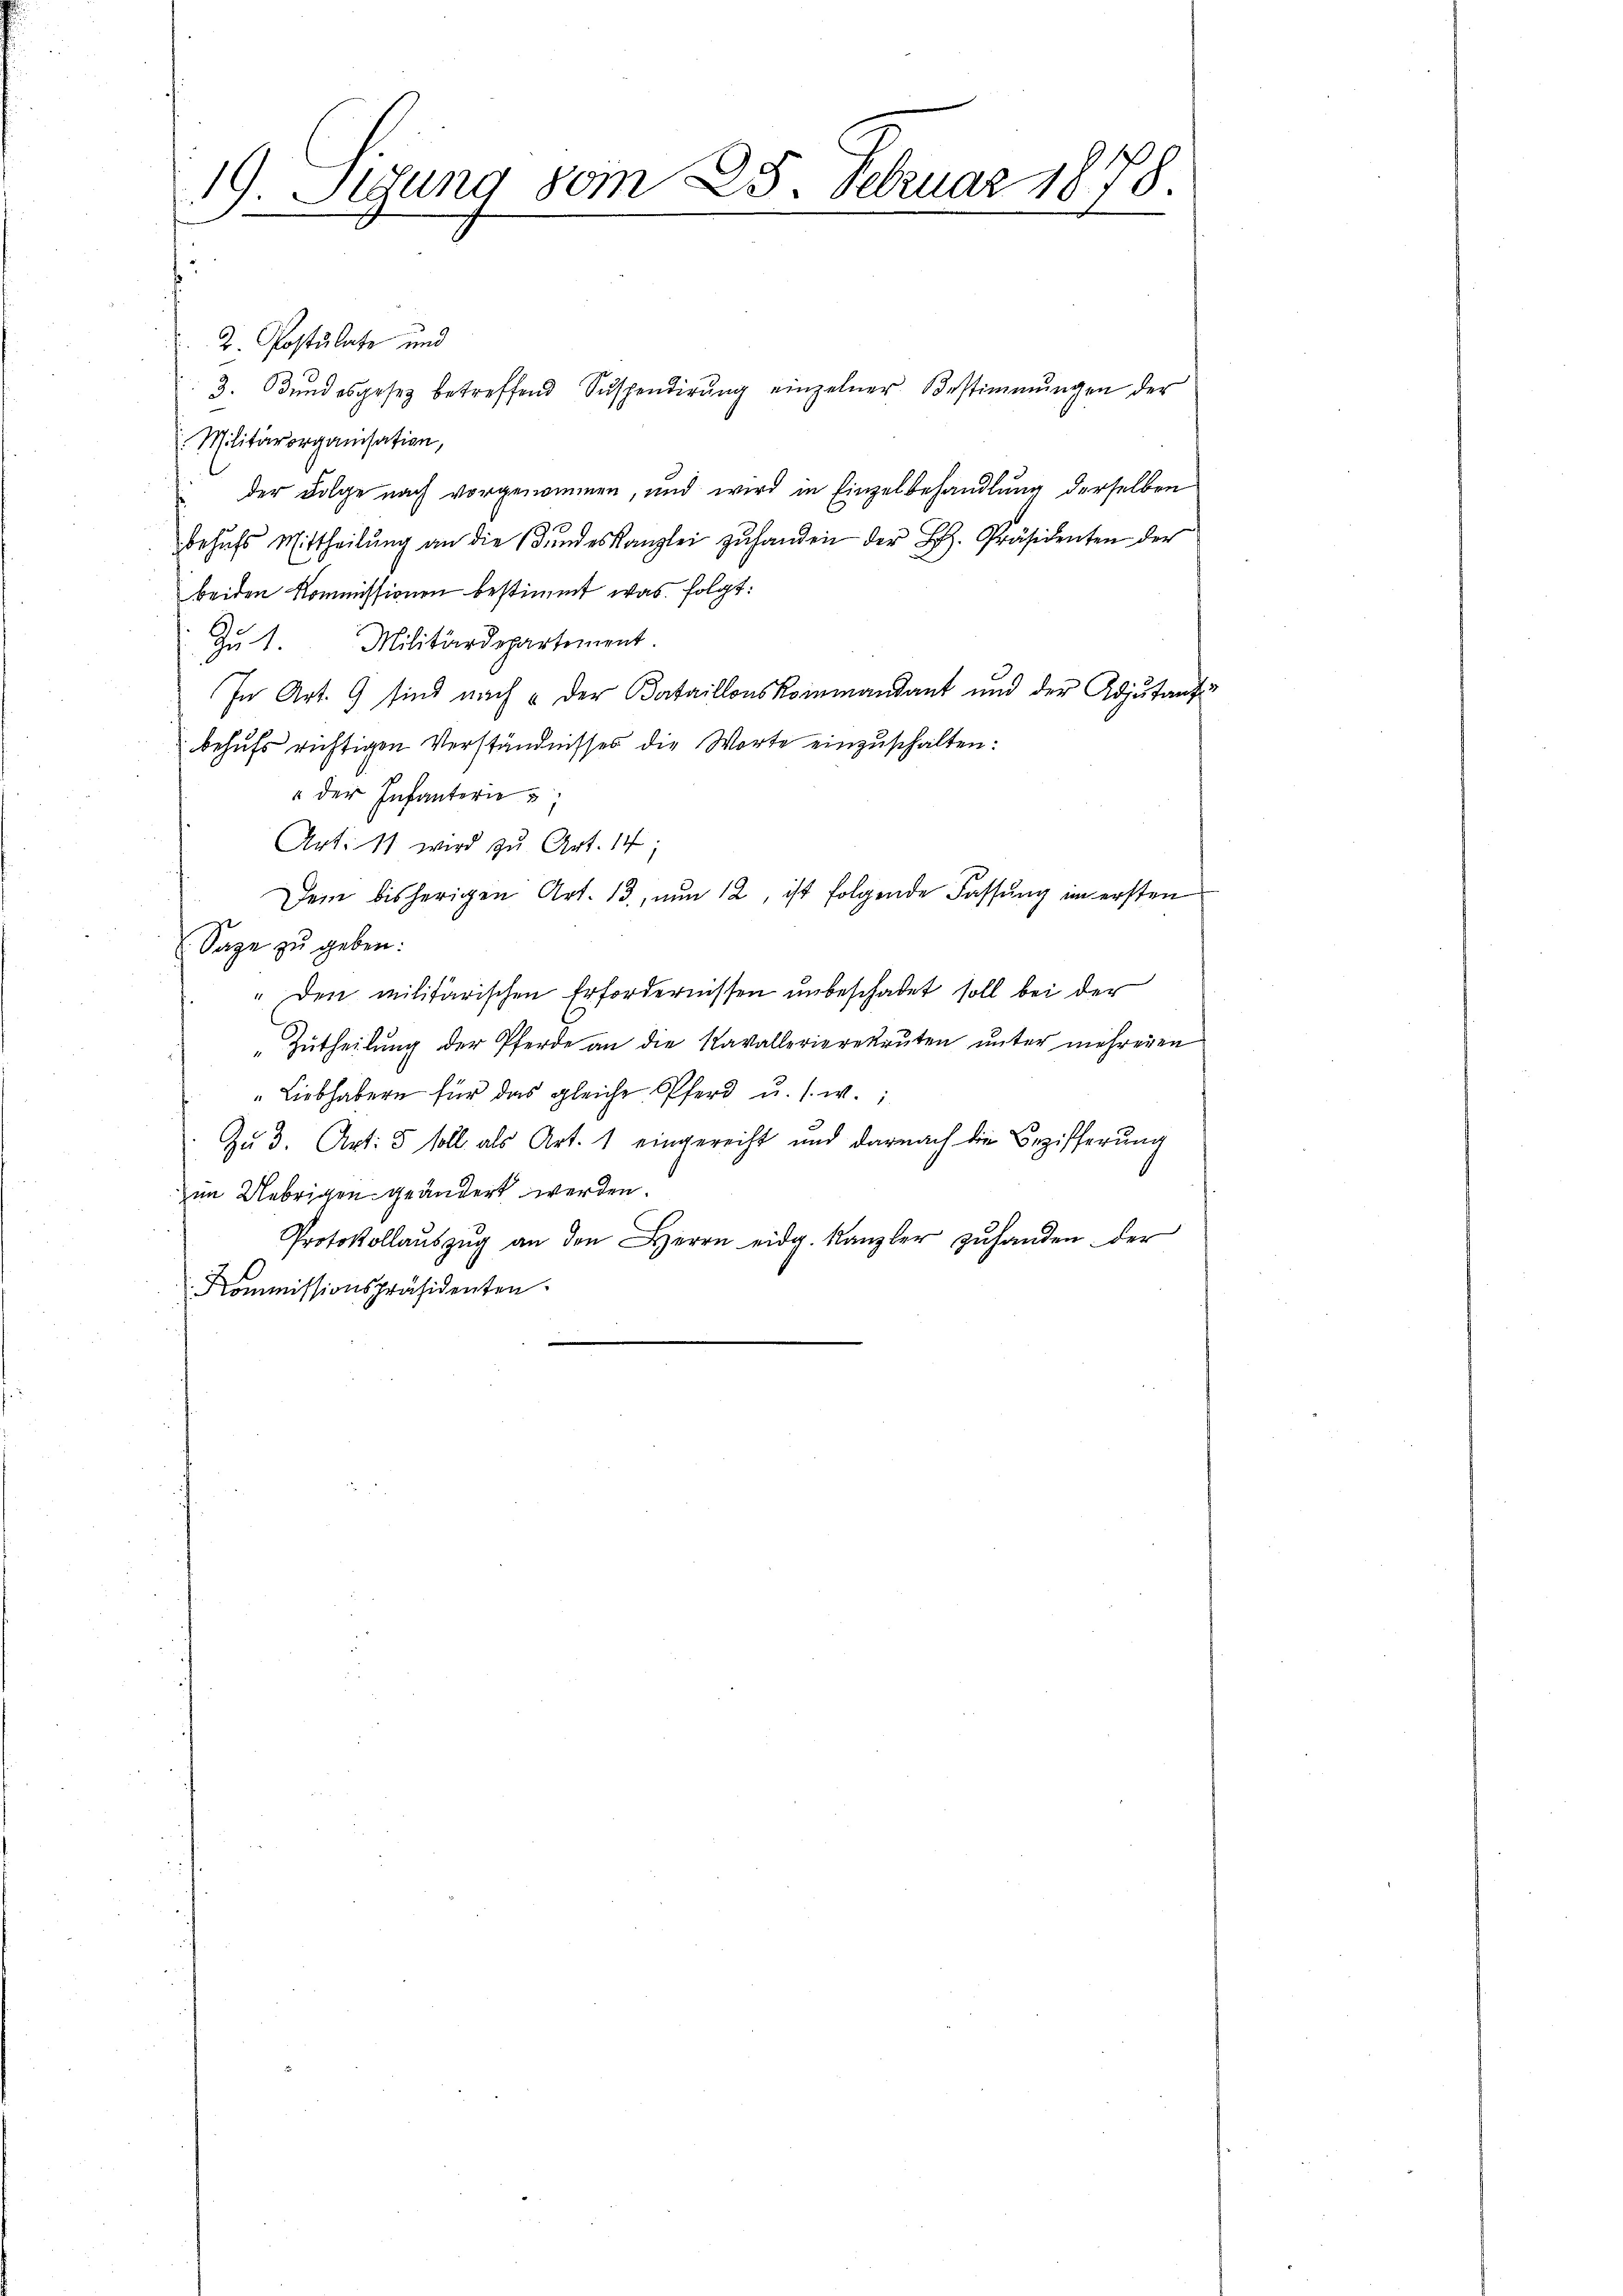
19. Sigung vom 25. Februar 1878.
.
e

2. Postulate und
3. Bundesgesetz betreffend Suspendirung einzelner Bestimmungen der
Militärorganisation,
der Folge nach vorgenommen, und wird in Einzelbehandlung derselben
behŭfs Mittheilŭng an die Bŭndeskanzlei zŭ handen der H. Präsidenten der
beiden Kommissionen bestimmt, was folgt:
Zu 1. Militärdepartement.
In Art. 9 sind nach der Bataillonskommandant und der Adjutante
behufs richtigen Verständnisses die Worte einzuschalten:
" der Infanterie
Art. 11 wird zu Art. 14;
Dem bisherigen Art. 13. nŭn 12, ist folgende Fassŭng im ersten
Sage zu geben:
" den militärischen Erfordernissen unbeschadet soll bei der
"Zŭtheilŭng der Pferde an die Kavallerierekruten ŭnter mehreren
" Liebhabern für das gleiche Pferd u. s. w.,
Zu 3. Art: 5 soll als Art. 1 eingereicht und darnach die Bezifferung
im Uebrigen geändert werden.
Protokollaŭszŭg an den Herrn eidg. Kanzler zŭ handen der
Kommissionspräsidenten.